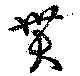
貫